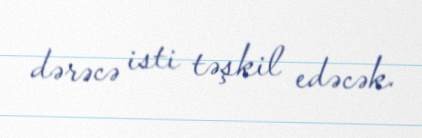
dərəcə isti təşkil edəcək.